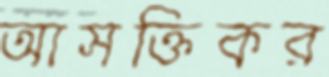
আসক্তিকর